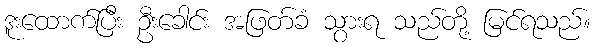
ဒူးထောက်ပြီး ဦးခေါင်း အဖြတ်ခံ သွားရ သည်တို့ မြင်ရသည်။